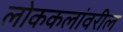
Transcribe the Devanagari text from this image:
लोककलांवरील